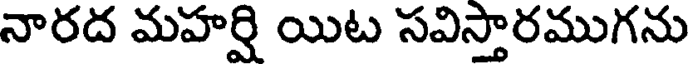
నారద మహర్షి యిట సవిస్తారముగను